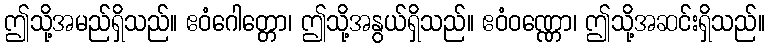
ဤသို့အမည်ရှိသည်။ ဧဝံဂေါတ္တော၊ ဤသို့အနွယ်ရှိသည်။ ဧဝံဝဏ္ဏော၊ ဤသို့အဆင်းရှိသည်။